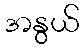
အနွယ်